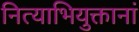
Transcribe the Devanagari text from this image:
नित्याभियुक्तानां